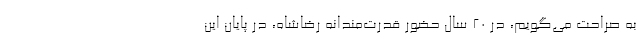
به صراحت می‌گویم، در 20 سال حضور قدرت‌مندانه رضاشاه، در پایان این